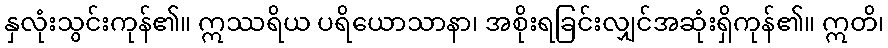
နှလုံးသွင်းကုန်၏။ ဣဿရိယ ပရိယောသာနာ၊ အစိုးရခြင်းလျှင်အဆုံးရှိကုန်၏။ ဣတိ၊